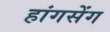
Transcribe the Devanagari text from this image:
हांगसेंग